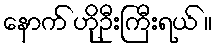
နောက် ဟိုဦးကြီးရယ် ။